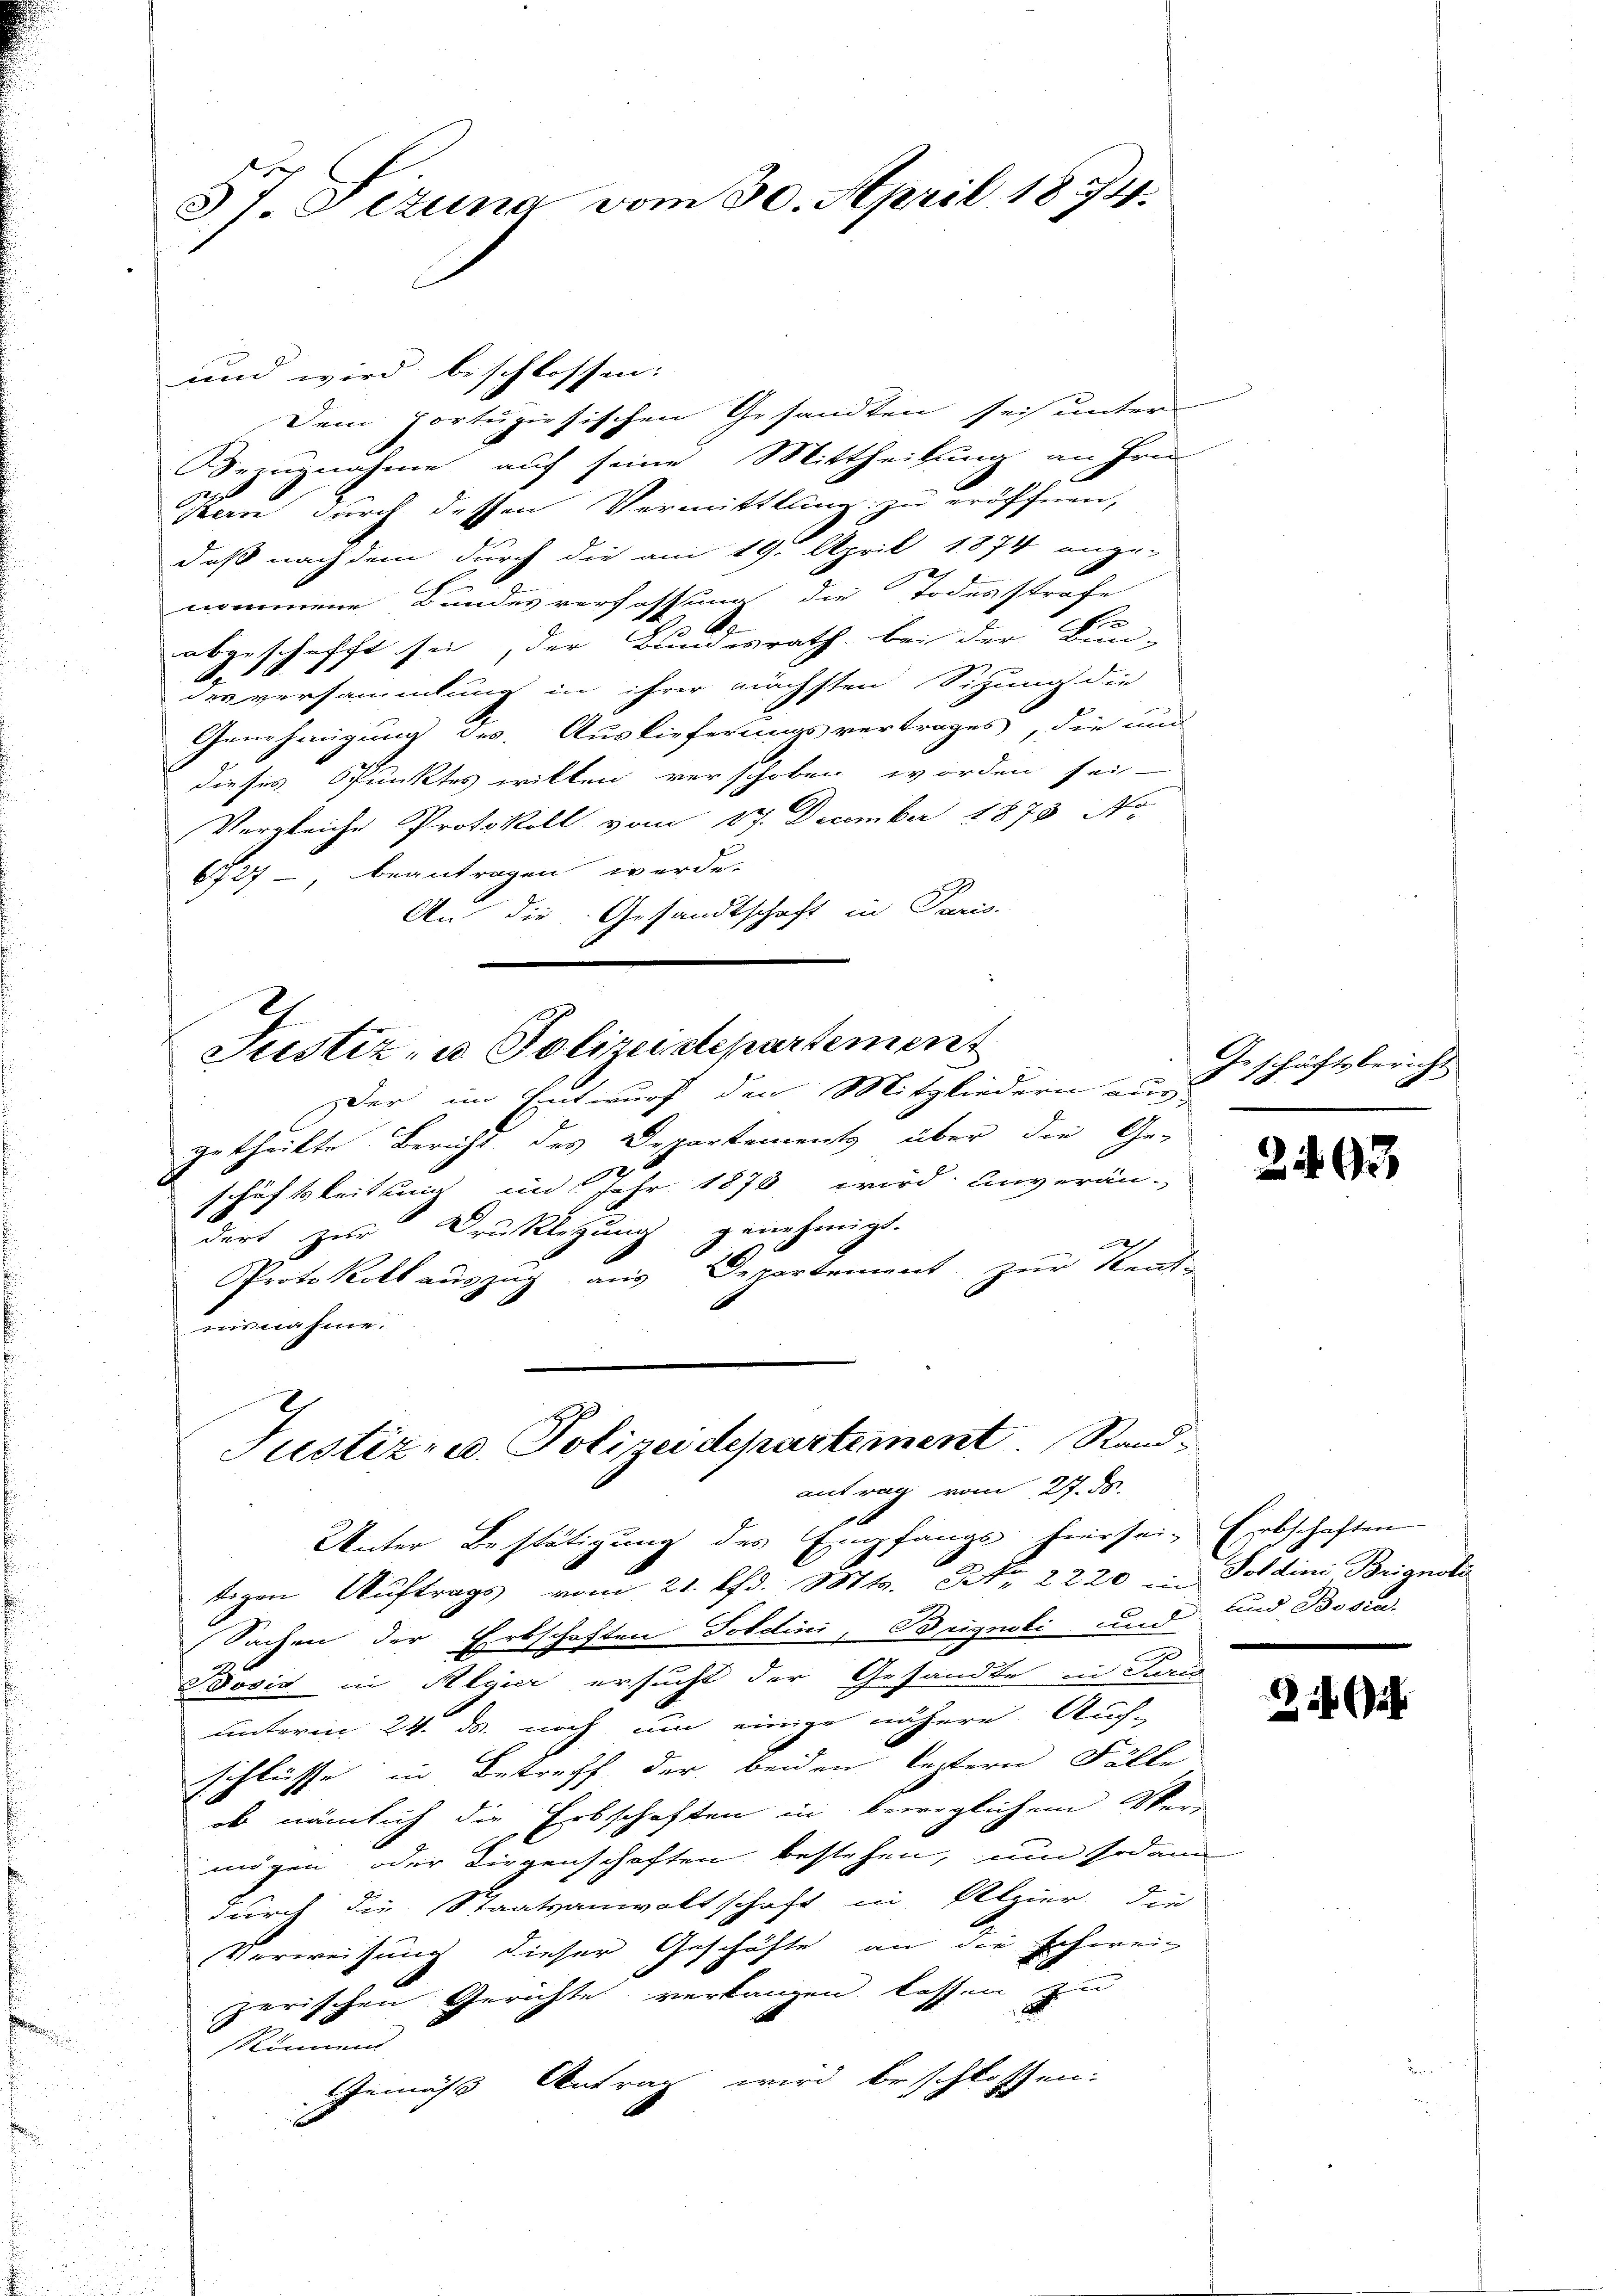
5t Sizung vom 30. April 1874.

und wird beschlossen:
Dem portugisischen Gesandten sei unter
Bezugnahme auf seine Mittheilung an Hrn.
Kern durch dessen Vermittlung zu eröffnen,
daß nach dem durch die am 19. April 1874 ange-
nommene Bundesverfassung die Todesstrafe
A.
abgeschafft sie, der Bundesrath bei der Bun-
A
desversammlung in ihrer nächsten Sitzung die
Genehmigung des Auslieferungsvertrages, die und
dieses Spunktes willen verschoben worden sei.
Vergleiche Protokoll vom 17. December 1873 No
6727, beantragen werde.
Au die Gesandtschaft in Paris.

Seestiz- u Polizeistepartement

Der im Entwurf den Mitgliedern aus
getheilte Bericht des Departements über die Ge-
schäftsleitung im Jahr 1873 wird unverän-
dert zur Drucklegung genehmigt.
|
Protokoll auszug aus Departement zur Kent-
nisnahme.
Unter Bestätigung des Empfangs hiersei- Erbschaften
tigen Auftrags vom 21. Pfd. Mts. Nr. 2220 in Foldini Brignota
Sachen der Erbschaften Toldini, Brignoli und
Josia in Algier ersucht der Gesandte in Juris
unterm 24. ds. noch um einige nähere Auf-
schlüsse in Betreff der beiden leztern Fälle
ob nämlich die Erbschaften in beweglichem Vermögen oder Liegenschaften bestehen, um sodann
durch die Staatsanwaltschaft in Alpier die
Verweisung dieser Geschäfte an die schwei
zerischen Gerichte verlangen lassen zu
Rönnens
Gemäß Antrag wird beschlossen:

Justiz- u. Polizeidepartement Rand.
antrag vom 27. ds.

Geschäftsbericht

2493

und Bosia.